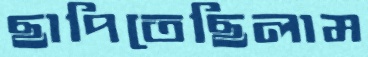
ছাপিতেছিলাম